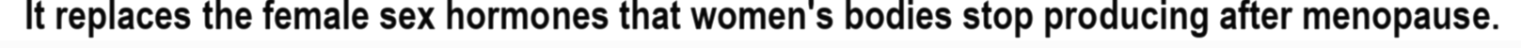
It replaces the female sex hormones that women's bodies stop producing after menopause.